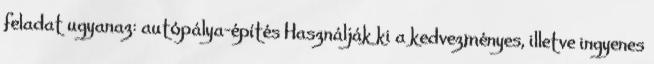
feladat ugyanaz: autópálya-építés Használják ki a kedvezményes, illetve ingyenes